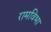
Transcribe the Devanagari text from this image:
रामविभा